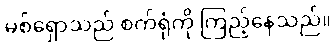
မစ်ရှောသည် စက်ရုံကို ကြည့်နေသည်။